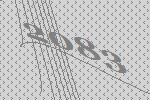
2083